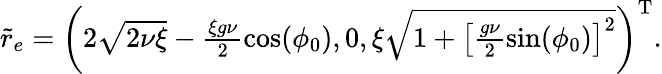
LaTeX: \begin{array}{r}{\tilde{r}_{e}=\left(2\sqrt{2\nu\xi}-\frac{\xi g\nu}{2}\cos(\phi_{0}),0,\xi\sqrt{1+\left[\frac{g\nu}{2}\sin(\phi_{0})\right]^{2}}\right)^{\mathrm{T}}.}\end{array}